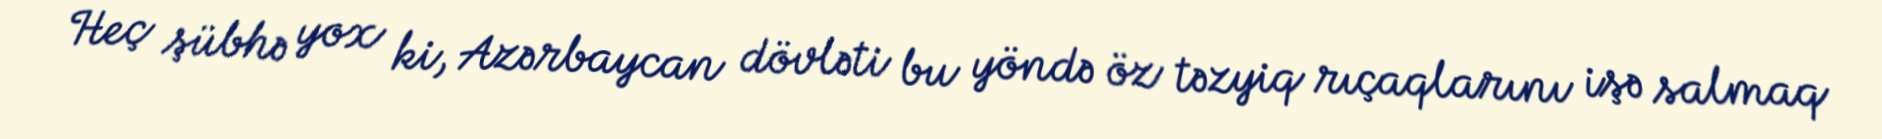
Heç şübhə yox ki, Azərbaycan dövləti bu yöndə öz təzyiq rıçaqlarını işə salmaq